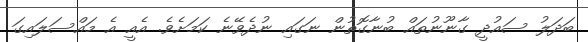
ބަދަލު ސައުދީ ގާނޫނުތައް ބުނާގޮތުން ނަގައި ނުދެވޭނެ ކަމަށެވެ. އެއީ އެ މައްސަލައިގަ